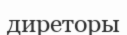
диреторы